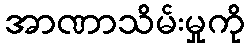
အာဏာသိမ်းမှုကို